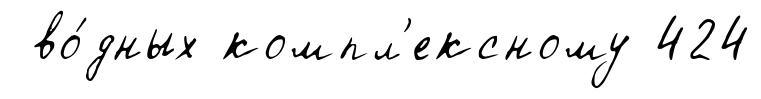
во́дных компл'ексному 424